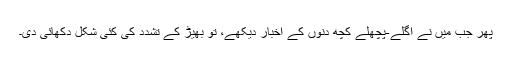
پھر جب میں نے اگلے-پچھلے کچھ دنوں کے اخبار دیکھے، تو بھیڑ کے تشدد کی کئی شکل دکھائی دی۔